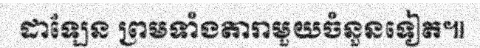
ដាឡែន ព្រមទាំងតារាមួយចំនួនទៀត៕